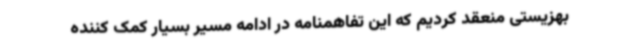
بهزیستی منعقد کردیم که این تفاهمنامه در ادامه مسیر بسیار کمک کننده